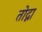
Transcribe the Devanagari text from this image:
तोद्ना